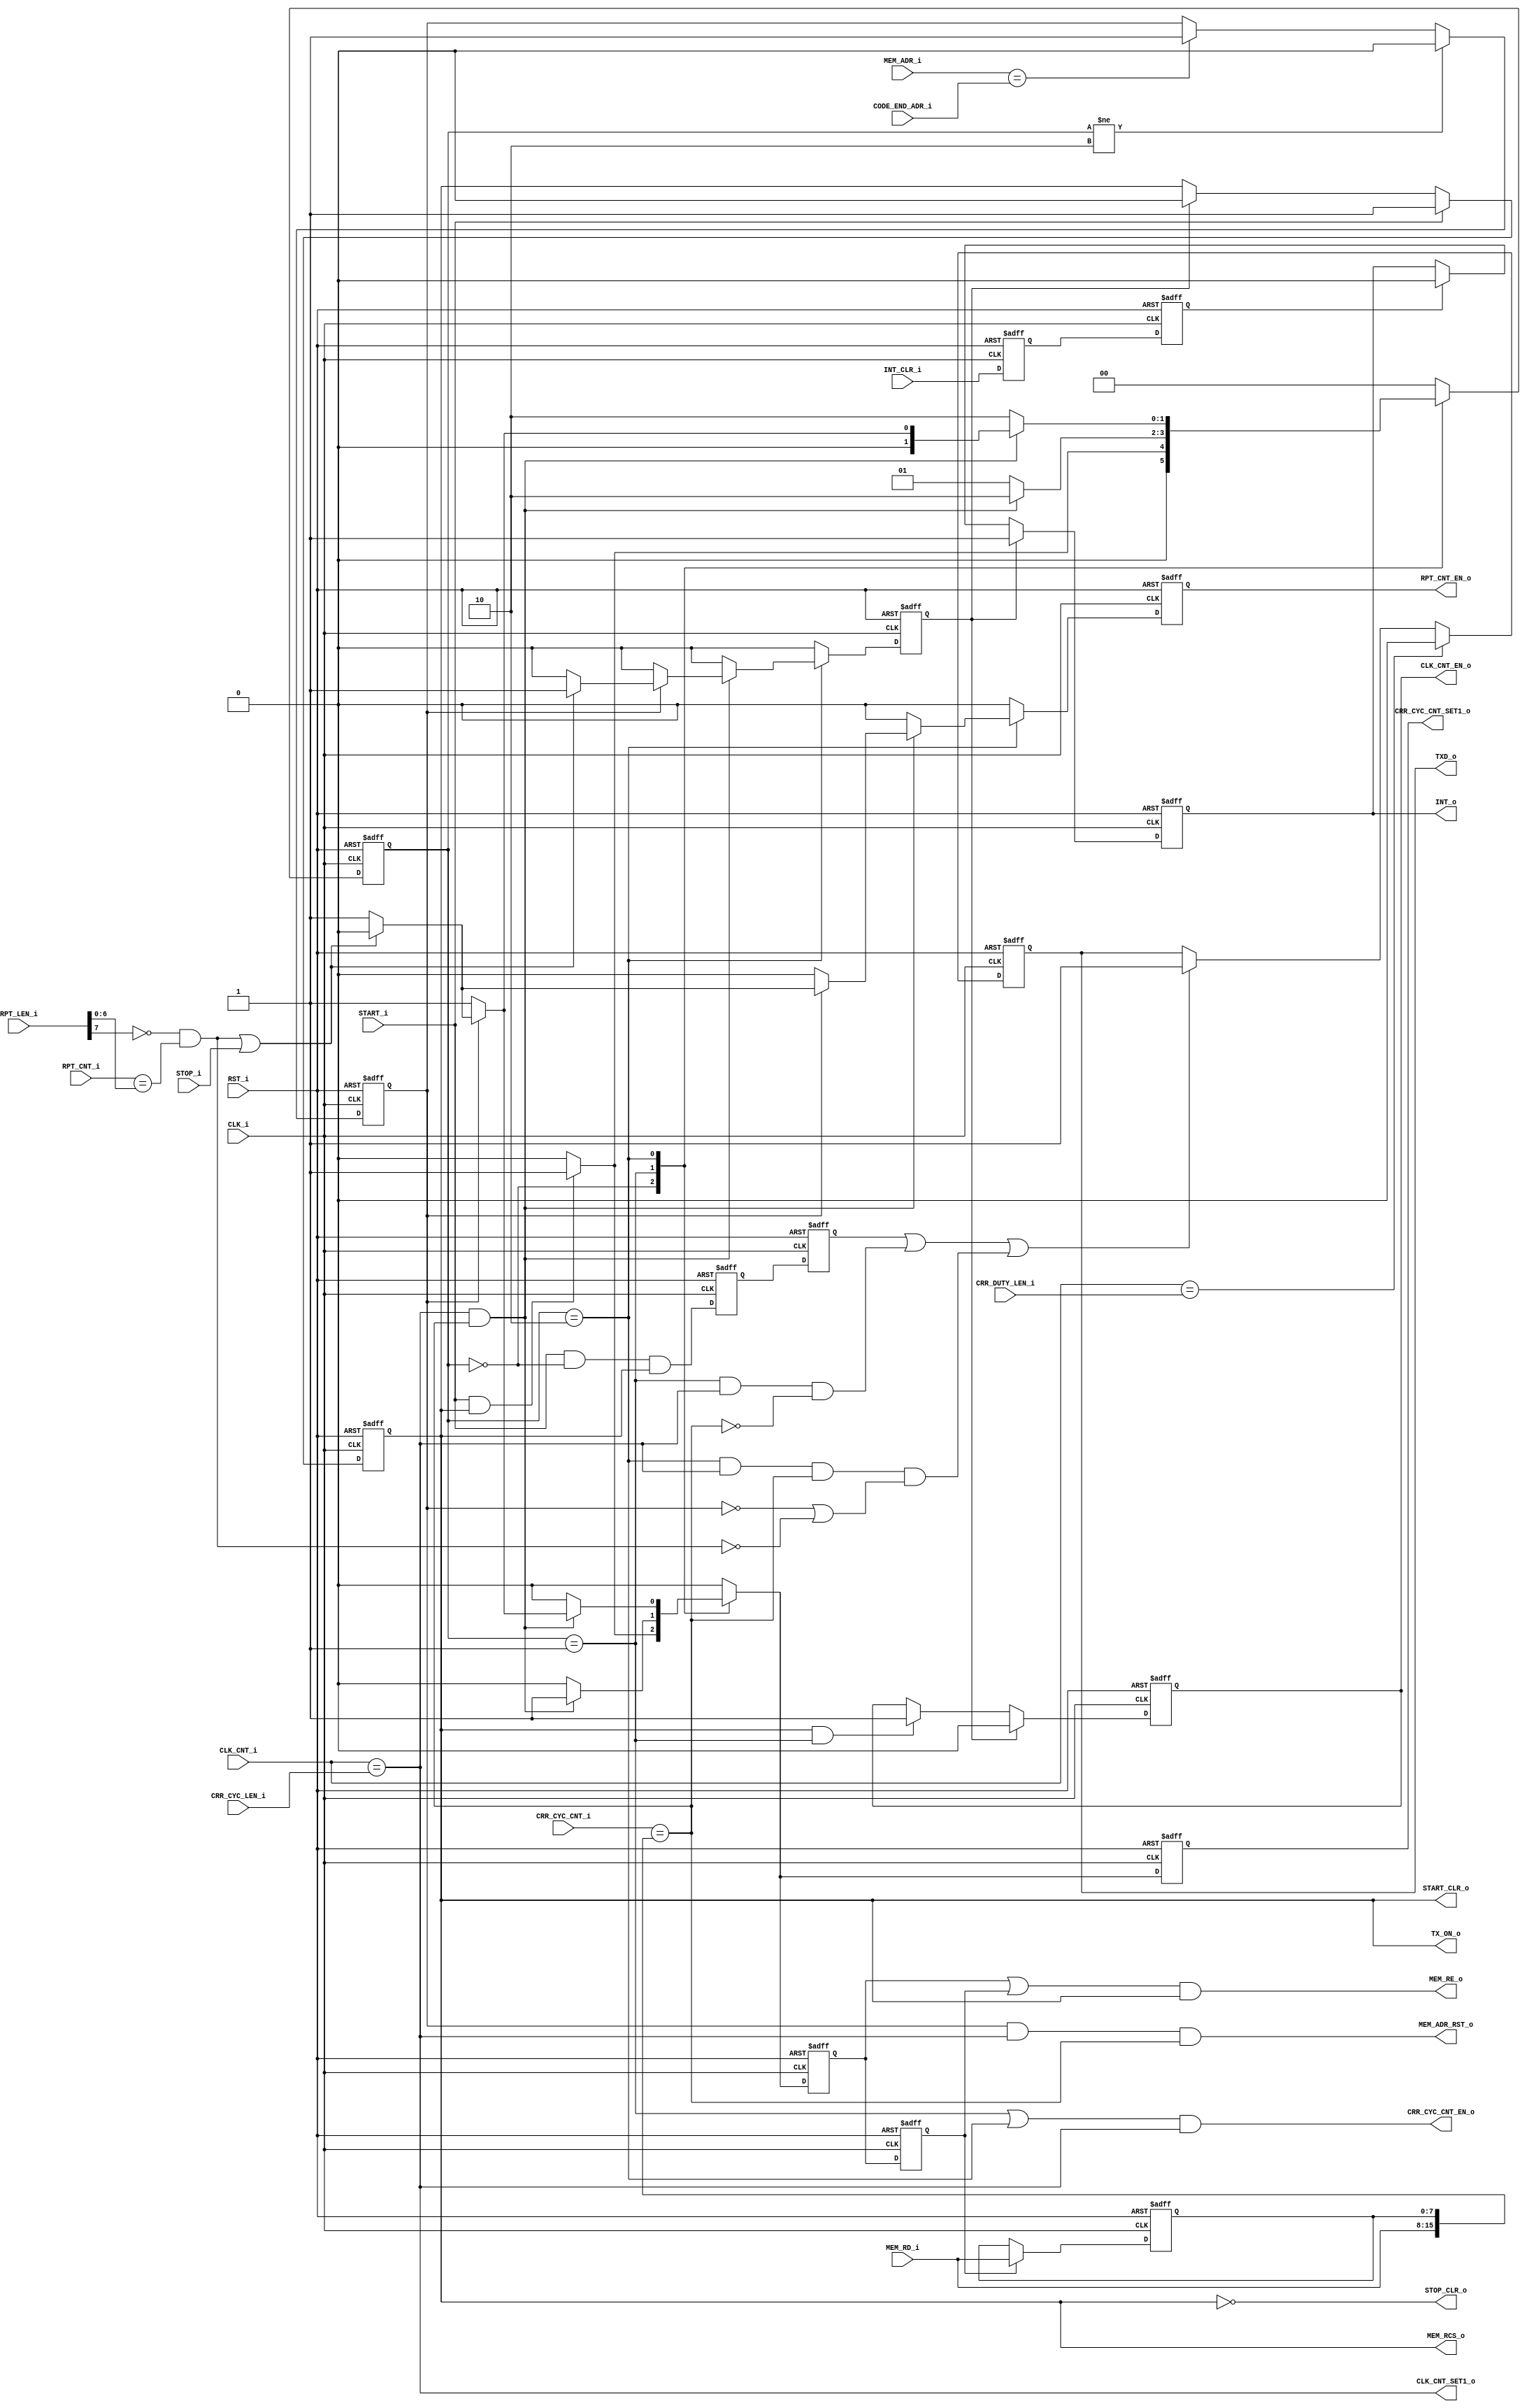
//**********************************************************
//Title:    ir_rx_ctrl
//Design:   ir_rx_ctrl.v
//Function: IrDA Remote RX controller
//Company:  QuickLogic Corp.
//
//**********************************************************

`timescale 1ns/10ps
//`include "../rtl/compile_param.vh"

module ir_tx_ctrl
	#(parameter	MEM_ADR_WIDTH = 10)
(	
	input 						RST_i,				// active-high reset
	input						CLK_i,				// clock (~12MHz?)
	input						START_i,			// Tx Tansaction start flag
	output						START_CLR_o,		// Tx Tansaction start clear flag
	input						STOP_i,				// Tx Transaction stop flag
	output						STOP_CLR_o,			// Tx Tansaction stop clear flag
	input [15:0]				CRR_DUTY_LEN_i,		// Carrier Duty Length
	input [15:0]				CRR_CYC_LEN_i,		// Carrier Cycle Length
	input [7:0]					RPT_LEN_i,			// TXD Code Repeat Length, Bit[7] denotes infinite repeat
	input [MEM_ADR_WIDTH-1:0]	CODE_END_ADR_i,		// TXD Code End Address
	output						TX_ON_o,			// Tx Treansaction ON flag
	output 						TXD_o,				// Tx Data
	output 						CLK_CNT_EN_o,		// Clock Count Enable
	output 						CLK_CNT_SET1_o,		// Clock Count Set to 1
	input [15:0]				CLK_CNT_i,			// Clock Count
	output 						CRR_CYC_CNT_EN_o,	// TX Carrier Cycle Count Enable
	output 						CRR_CYC_CNT_SET1_o,	// TX Carrier Cycle Count Set to 1
	input [15:0]				CRR_CYC_CNT_i,		// TX Carrier Cycle Count
//	output						RPT_CNT_CLR_o,		// TX Code Repeat Count Clear	
	output						RPT_CNT_EN_o,		// TX Code Repeat Count Enable	
	input [6:0]					RPT_CNT_i,			// TX Code Repeat Count	
	output						MEM_RCS_o,			// Memory Read Chip Select
	output						MEM_RE_o,			// Memory Read Enable
	input [MEM_ADR_WIDTH-1:0]	MEM_ADR_i,			// Memory Address
	input [7:0]					MEM_RD_i,			// Memory Read Data
	output						MEM_ADR_RST_o,		// Memory address Reset
	output						INT_o,				// Interrupt Flag
	input						INT_CLR_i			// Interrupt Clear Flag
);

parameter	S_WAIT			= 2'd0,
			S_IR_ON			= 2'd1,
			S_IR_OFF 		= 2'd2;


reg			rTX_ON;
reg			rTXD_CRR_BGN, rTXD_CRR_BGN_p;
//reg [6:0]	rRPT_CNT;
reg			rCLK_CNT_EN;
reg			rMEM_RE_d;
reg [7:0]	rMEM_RD_LSB;
reg			rTXD;
reg			rLAST_CODE;
reg			rINT;
reg			rINT_CLR_p, rINT_CLR;

reg [1:0]	rState, wN_State;
reg			rCRR_CYC_CNT_SET1, wN_CRR_CYC_CNT_SET1, rRPT_CNT_INC, wN_RPT_CNT_INC;
reg			rMEM_RE, wN_MEM_RE, rTX_END, wN_TX_END;

wire		wMEM_RE = rMEM_RE | rMEM_RE_d;
wire		INF_RPT_i = RPT_LEN_i[7];
wire		wCRR_DUTY_CNT_FULL = (CLK_CNT_i == CRR_DUTY_LEN_i);
wire		wCLK_CNT_FULL = (CLK_CNT_i == CRR_CYC_LEN_i);
wire		wCRR_CYC_CNT_FULL = (CRR_CYC_CNT_i == {MEM_RD_i, rMEM_RD_LSB});
//wire		wRPT_DONE = ~INF_RPT_i & (rRPT_CNT == RPT_LEN_i[6:0]);
wire		wRPT_DONE = ~INF_RPT_i & (RPT_CNT_i == RPT_LEN_i[6:0]);

assign	START_CLR_o = rTX_ON;
assign	STOP_CLR_o = ~rTX_ON;
assign	TX_ON_o = rTX_ON;
assign 	CLK_CNT_EN_o = rCLK_CNT_EN;
assign 	CLK_CNT_SET1_o = wCLK_CNT_FULL;
assign 	CRR_CYC_CNT_EN_o = ((rState == S_IR_ON) | (rState == S_IR_OFF)) & wCLK_CNT_FULL;
assign 	CRR_CYC_CNT_SET1_o = rCRR_CYC_CNT_SET1;
assign	RPT_CNT_EN_o = rRPT_CNT_INC;
assign	MEM_RCS_o = rTX_ON;
assign	MEM_RE_o = wMEM_RE & rTX_ON;
assign	MEM_ADR_RST_o = rLAST_CODE & wCLK_CNT_FULL & wCRR_CYC_CNT_FULL;
assign	TXD_o = rTXD;
assign	INT_o = rINT;


///// Tx Transaction Indicator /////////////////

always @(posedge CLK_i or posedge RST_i) begin
	if (RST_i) begin
		rTX_ON <= 0;
	end
	else if (START_i) begin
		rTX_ON <= 1;
	end
	else if (rTX_END) begin
		rTX_ON <= 0;
	end
end

///// Memory Access ////////////////////////////

always @(posedge CLK_i or posedge RST_i) begin
	if (RST_i) begin
		rMEM_RE_d <= 0;
	end
	else begin
		rMEM_RE_d <= rMEM_RE;
	end
end

always @(posedge CLK_i or posedge RST_i) begin
	if (RST_i) begin
		rMEM_RD_LSB <= 0;
	end
	else if (rMEM_RE_d) begin
		rMEM_RD_LSB <= MEM_RD_i;
	end
//	else begin
//		rMEM_RD_LSB <= rMEM_RD_LSB;
//	end
end


always @(posedge CLK_i or posedge RST_i) begin
	if (RST_i) begin
		rLAST_CODE <= 0;
	end
	else if (rState != S_IR_OFF) begin
		rLAST_CODE <= 0;
	end
	else if (MEM_ADR_i == CODE_END_ADR_i) begin
		rLAST_CODE <= 1;
	end
//	else begin
//		rLAST_CODE <= rLAST_CODE;
//	end
end



///// Repeat Control /////////////////////////////////////////////////////
/*
always @(posedge CLK_i or posedge RST_i) begin
	if (RST_i) begin
		rRPT_CNT <= 0;
	end
	else if (START_i) begin
		rRPT_CNT <= 0;
	end
	else if (rRPT_CNT_INC) begin
		rRPT_CNT <= rRPT_CNT + 1;
	end
//	else begin
//		rRPT_CNT <= rRPT_CNT;
//	end
end
*/

///// TXD Control ////////////////////////////////////////////////////////

always @(posedge CLK_i or posedge RST_i) begin
	if (RST_i) begin
		rCLK_CNT_EN <= 0;
	end
	else if (rTX_END) begin
		rCLK_CNT_EN <= 0;
	end
	else if (rTX_ON & (rState == S_IR_ON)) begin
		rCLK_CNT_EN <= 1;
	end
//	else begin
//		rCLK_CNT_EN <= rCLK_CNT_EN;
//	end
end

always @(posedge CLK_i or posedge RST_i) begin
	if (RST_i) begin
		rTXD_CRR_BGN_p <= 0;
		rTXD_CRR_BGN <= 0;
	end
	else begin
		rTXD_CRR_BGN_p <= START_i & (rState == S_WAIT) & rTX_ON;
		rTXD_CRR_BGN <= rTXD_CRR_BGN_p;
	end
end

always @(posedge CLK_i or posedge RST_i) begin
	if (RST_i) begin
		rTXD <= 0;
	end
	else if (wCRR_DUTY_CNT_FULL) begin
		rTXD <= 0;
	end
	else if (rTXD_CRR_BGN | ((rState == S_IR_ON) & wCLK_CNT_FULL & (~wCRR_CYC_CNT_FULL)) |
			((rState == S_IR_OFF) & wCLK_CNT_FULL & wCRR_CYC_CNT_FULL & ((~rLAST_CODE) | (~wRPT_DONE)))) begin
		rTXD <= 1;
	end
//	else begin
//		rTXD <= rTXD;
//	end
end


///// Interrupt Handling /////////////////////////////////////////////////

always @(posedge CLK_i or posedge RST_i) begin
	if (RST_i) begin
		rINT_CLR_p <= 0;
		rINT_CLR <= 0;
	end
	else begin
		rINT_CLR_p <= INT_CLR_i;
		rINT_CLR <= rINT_CLR_p;
	end
end

always @(posedge CLK_i or posedge RST_i) begin
	if (RST_i) begin
		rINT <= 0;
	end
	else if (rTX_END) begin
		rINT <= 1;
	end
	else if (rINT_CLR) begin
		rINT <= 0;
	end
end


///// Ir TX Control State Machine ////////////////////////////////////////

always @(*) begin 
	case (rState)
			
		S_WAIT : begin	// reset
			wN_RPT_CNT_INC = 0;
			wN_MEM_RE = 0;
			wN_TX_END = 0;
			if (START_i & rTX_ON) begin
				wN_CRR_CYC_CNT_SET1 = 1;
				wN_MEM_RE = 1;
				wN_State = S_IR_ON;
			end
			else begin
				wN_CRR_CYC_CNT_SET1 = 0;
				wN_MEM_RE = 0;
				wN_State = S_WAIT;
			end
		end

		S_IR_ON : begin	// 
			wN_RPT_CNT_INC = 0;
			wN_TX_END = 0;
			if (wCLK_CNT_FULL & wCRR_CYC_CNT_FULL) begin
				wN_CRR_CYC_CNT_SET1 = 1;
				wN_MEM_RE = 1;
				wN_State = S_IR_OFF;
			end
			else begin
				wN_CRR_CYC_CNT_SET1 = 0;
				wN_MEM_RE = 0;
				wN_State = S_IR_ON;
			end
		end

		S_IR_OFF : begin	// 
			if (wCLK_CNT_FULL & wCRR_CYC_CNT_FULL) begin
				if (rLAST_CODE) begin
					if (wRPT_DONE | STOP_i) begin
						wN_CRR_CYC_CNT_SET1 = 0;
						wN_TX_END = 1;
						wN_RPT_CNT_INC = 0;
						wN_MEM_RE = 0;
						wN_State = S_WAIT;
					end
					else begin
						wN_CRR_CYC_CNT_SET1 = 1;
						wN_TX_END = 0;
						wN_RPT_CNT_INC = 1;
						wN_MEM_RE = 1;
						wN_State = S_IR_ON;
					end
				end
				else begin
					wN_CRR_CYC_CNT_SET1 = 1;
					wN_TX_END = 0;
					wN_RPT_CNT_INC = 0;
					wN_MEM_RE = 1;
					wN_State = S_IR_ON;
				end
			end
			else begin
				wN_CRR_CYC_CNT_SET1 = 0;
				wN_TX_END = 0;
				wN_RPT_CNT_INC = 0;
				wN_MEM_RE = 0;
				wN_State = S_IR_OFF;
			end
		end

		default : begin
			wN_State = S_WAIT;
			wN_RPT_CNT_INC = 0;
			wN_MEM_RE = 0;
			wN_TX_END = 0;
			wN_CRR_CYC_CNT_SET1 = 0;
		end
	endcase
end

always @(posedge CLK_i or posedge RST_i) begin
	if (RST_i) begin
		rState <= S_WAIT;
		rCRR_CYC_CNT_SET1 <= 0;
		rRPT_CNT_INC <= 0;
		rMEM_RE <= 0;
		rTX_END <= 0;
	end
	else begin
		rState <= wN_State;
		rCRR_CYC_CNT_SET1 <= wN_CRR_CYC_CNT_SET1;
		rRPT_CNT_INC <= wN_RPT_CNT_INC;
		rMEM_RE <= wN_MEM_RE;
		rTX_END <= wN_TX_END;
	end
end

endmodule